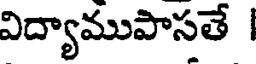
విద్యాముపాసతే